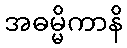
အဓမ္မိကာနိ